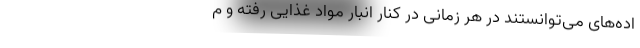
اده‌های می‌توانستند در هر زمانی در کنار انبار مواد غذایی رفته و م